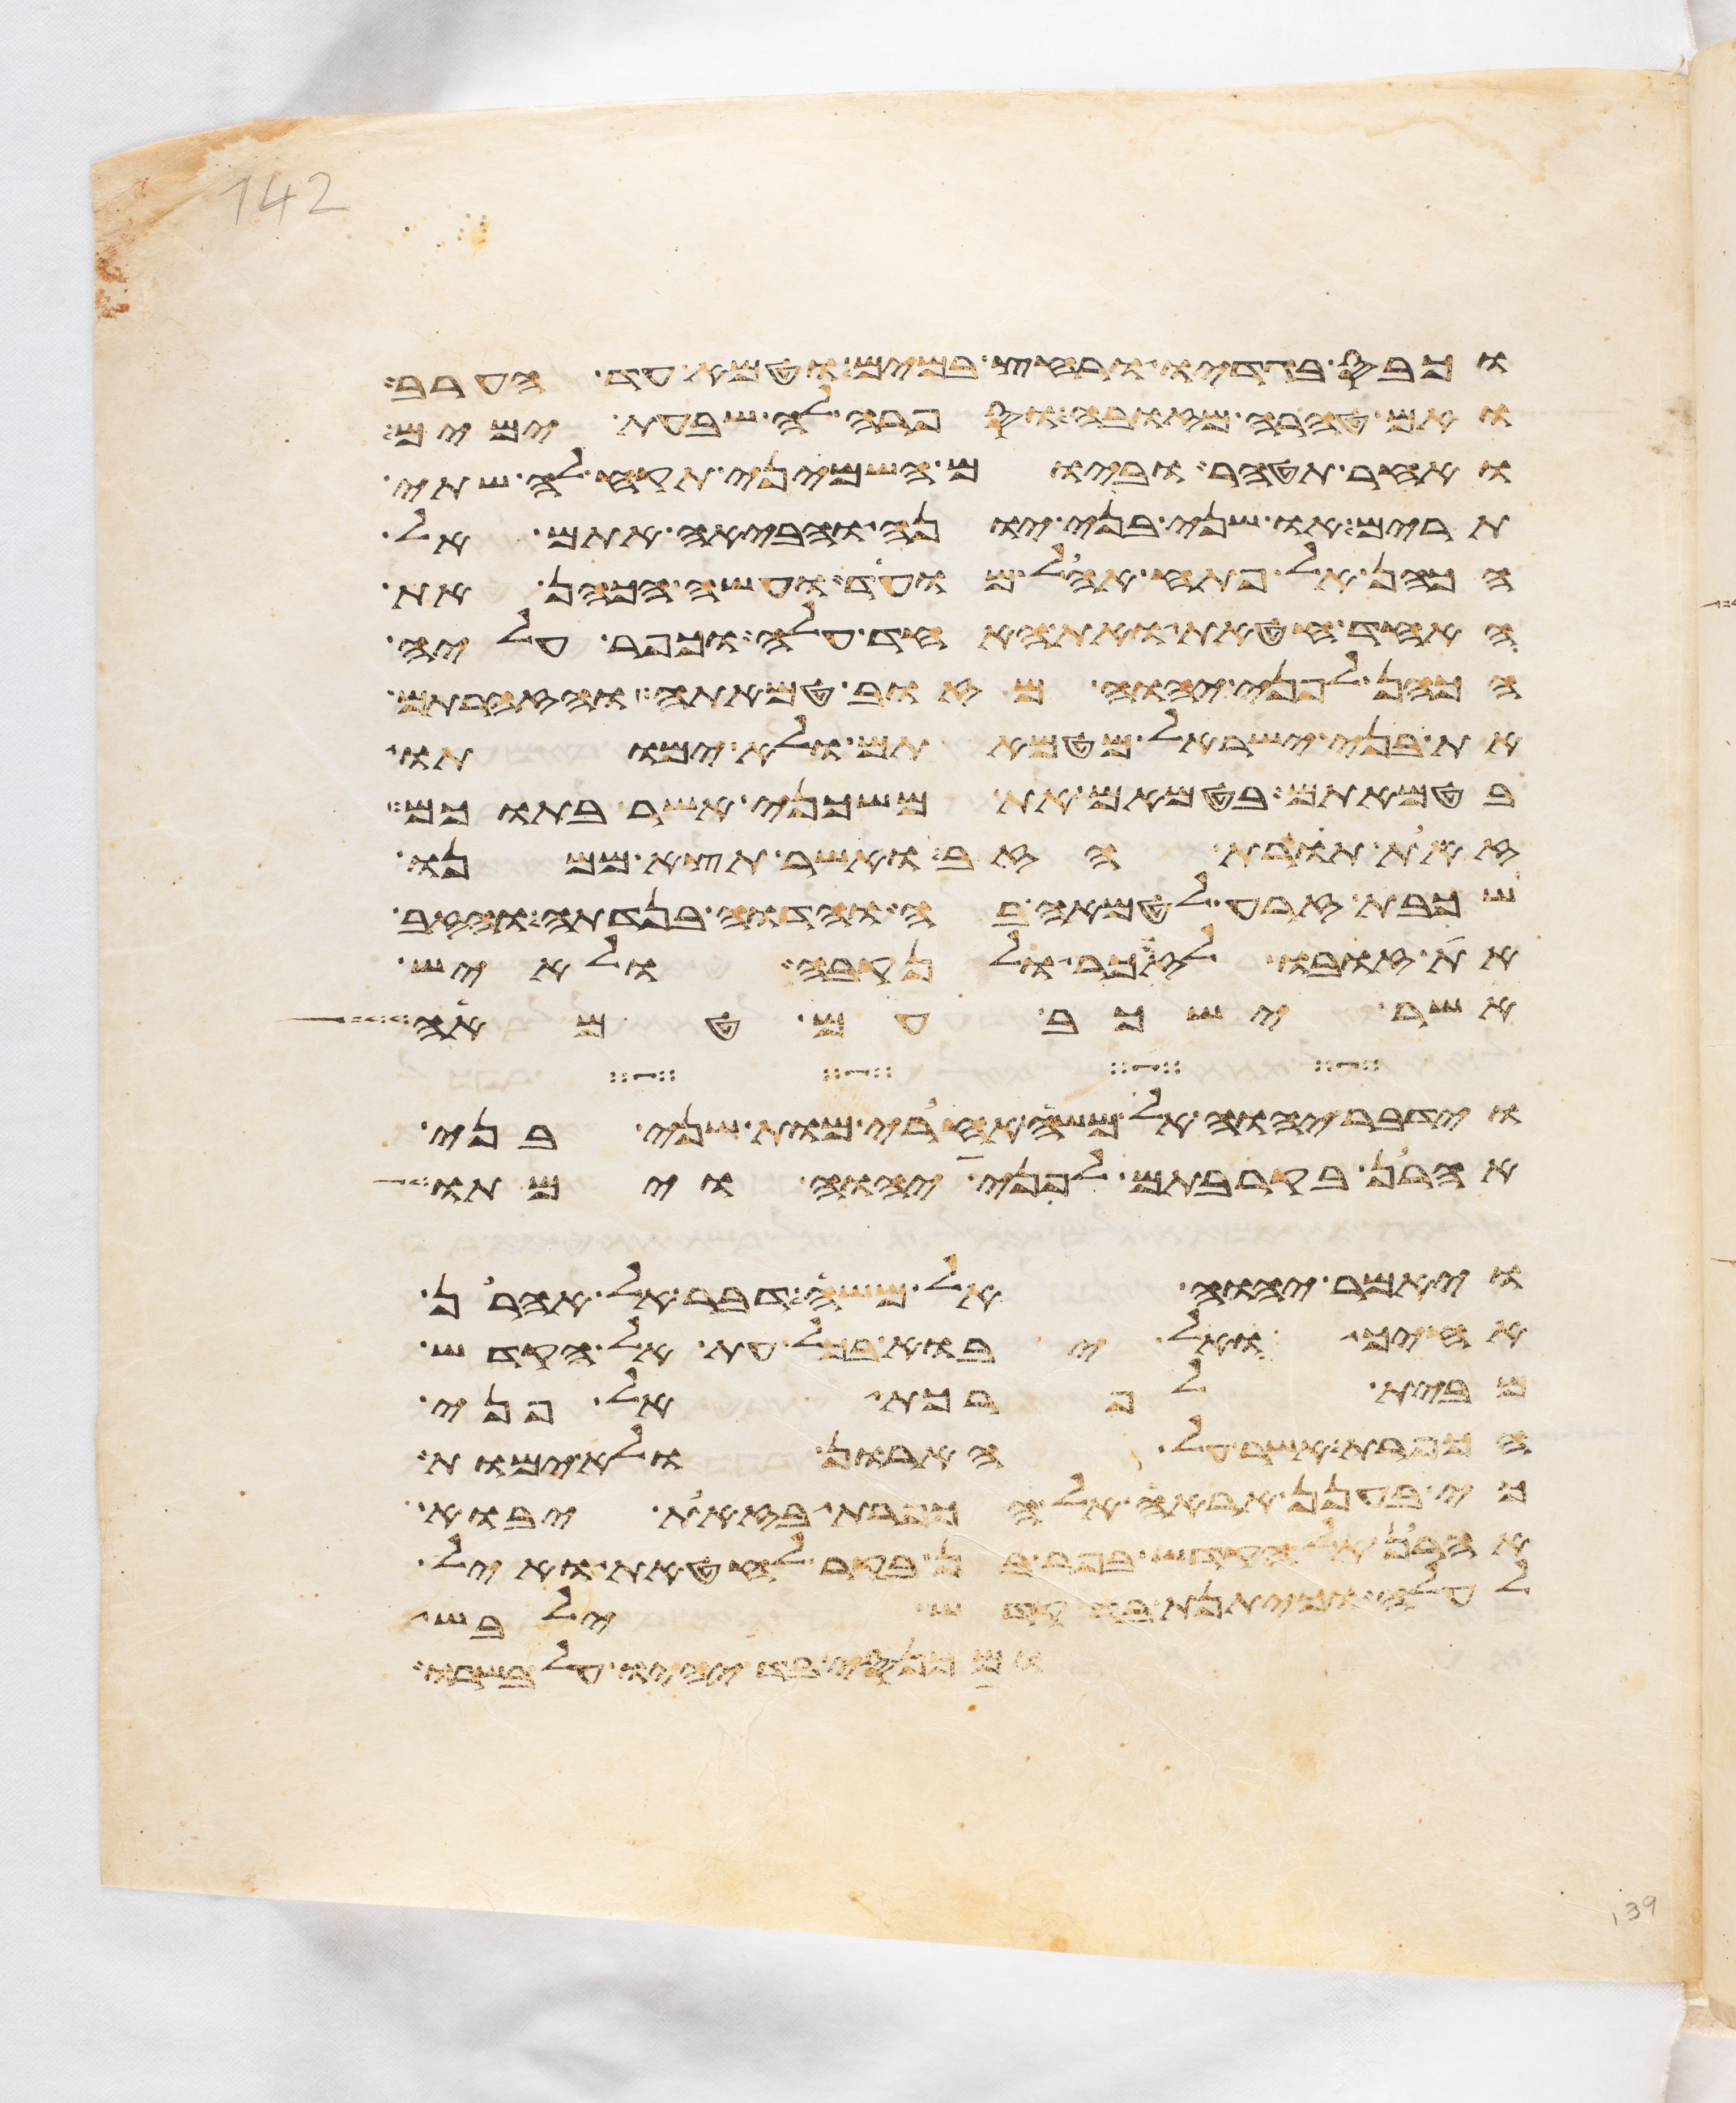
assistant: וכבס בגדיו ורחץ במים וטמא עד הערב
ואם טהרה מזובה וספרה לה שבעת ימים
ואחר תטהר וביום השמיני תקח לה שתי
תרים או שני בני יונה והביאה אתם אל
הכהן אל פתח אהל מועד ועשה הכהן את
האחד חטאת ואת האחד עלה וכפר עליה
הכהן לפני יהוה מזוב טמאתה והזהרתם
את בני ישראל מטמאתם ולא ימותו
בטמאתם בטמאם את משכני אשר בתוכם
זאת תורת הזב ואשר תצא ממנו
שכבת זרע לטמאה בה והדוה בנדתה והזב
את זובו לזכר ולנקבה ולאיש
אשר ישכב עם טמאה
וידבר יהוה אל משה אחרי מות שני בני
אהרן בקרבתם לפני יהוה וימתו
ויאמר יהוה אל משה דבר אל אהרן
אחיך ואל יבוא בכל עת אל הקדש
מבית לפרכת אל פני
הכפרת אשר על הארון ולא ימות
כי בענן אראה אל הכפרת בזאת יבוא
אהרן אל הקדש בפר בן בקר לחטאת ואיל
לעלה וכיתנת בד קדש ילבש
ומכנסי בד יהיו על בשרו